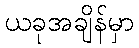
ယခုအချိန်မှာ